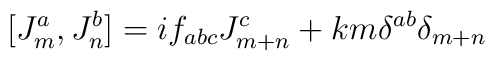
[J^a_m, J^b_n] = i f_{abc} J^c_{m+n} + k m{\delta}^{ab}{\delta}_{m+n}